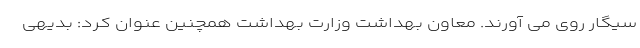
سیگار روی می ‌آورند. معاون بهداشت وزارت بهداشت همچنین عنوان کرد: بدیهی